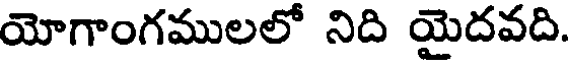
యోగాంగములలో నిది యైదవది.